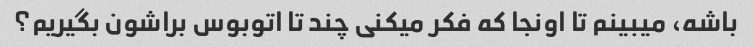
باشه، میبینم تا اونجا که فکر میکنی چند تا اتوبوس براشون بگیریم؟